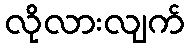
လိုလားလျက်